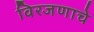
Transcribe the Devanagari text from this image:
विरजणाचे